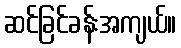
ဆင်ခြင်ခန်းအကျယ်။